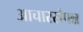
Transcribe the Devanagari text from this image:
आचारसंपन्न